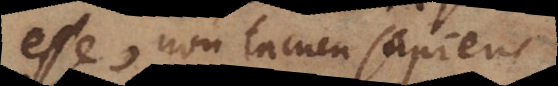
sse, non tamen sapiens